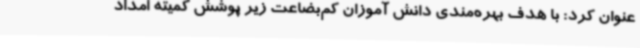
عنوان کرد: با هدف بهره‌مندی دانش آموزان کم‌بضاعت زیر پوشش کمیته امداد